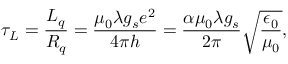
\tau _ { L } = \frac { L _ { q } } { R _ { q } } = \frac { \mu _ { 0 } \lambda g _ { s } e ^ { 2 } } { 4 \pi h } = \frac { \alpha \mu _ { 0 } \lambda g _ { s } } { 2 \pi } \sqrt { \frac { \epsilon _ { 0 } } { \mu _ { 0 } } } ,